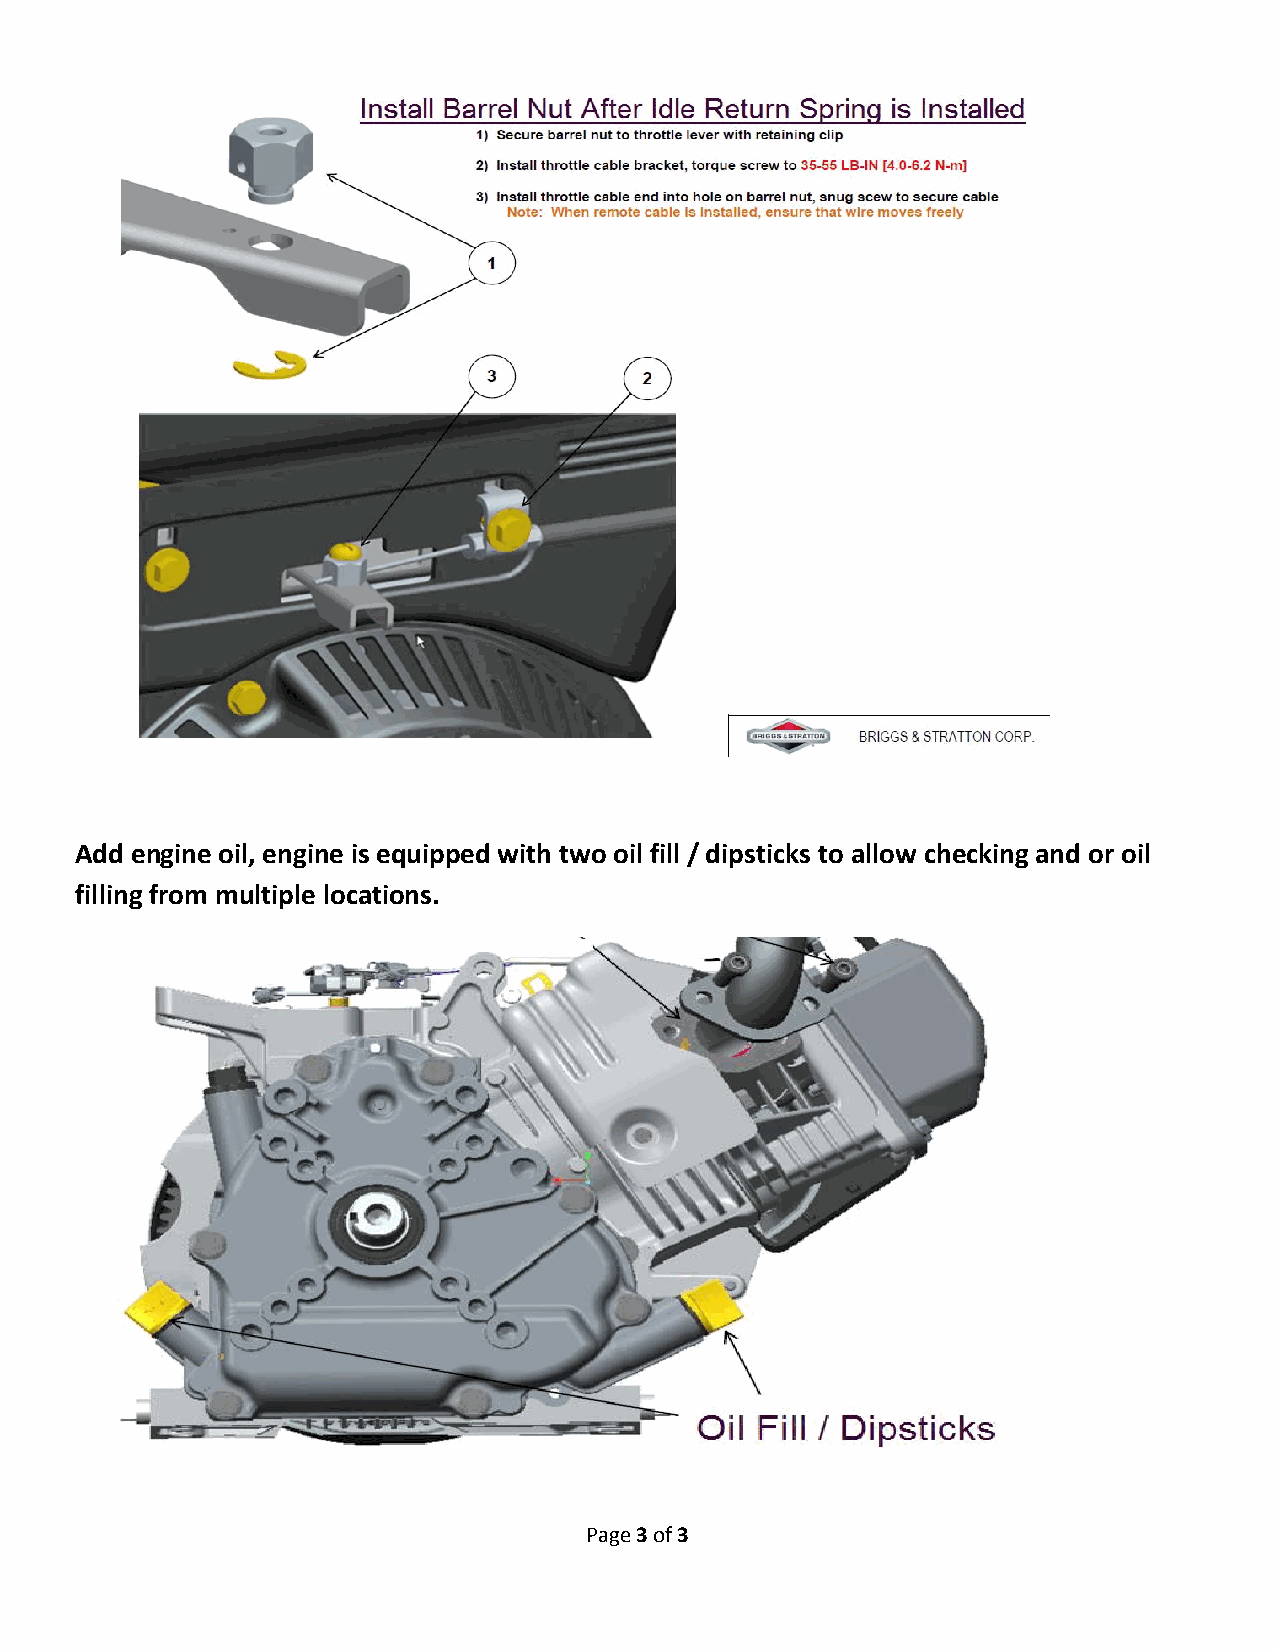
Add engine oil, engine is equipped with two oil fill / dipsticks to allow checking and or oil
 filling from multiple locations.
 Page 3 of 3